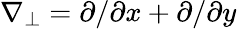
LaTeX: \nabla_{\perp}={\partial}/{\partial x}+{\partial}/{\partial y}